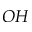
O H